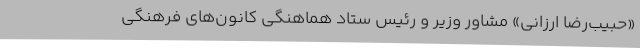
«حبیب‌رضا ارزانی» مشاور وزیر و رئیس ستاد هماهنگی کانون‌های فرهنگی